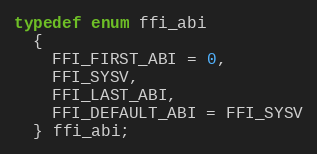
Language: C
typedef enum ffi_abi
  {
    FFI_FIRST_ABI = 0,
    FFI_SYSV,
    FFI_LAST_ABI,
    FFI_DEFAULT_ABI = FFI_SYSV
  } ffi_abi;